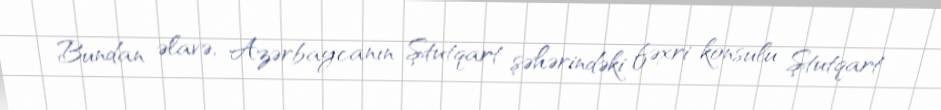
Bundan əlavə, Azərbaycanın Ştutqart şəhərindəki fəxri konsulu Ştutqart